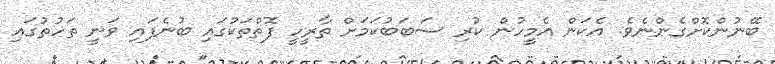
ބޭނުންކޮށްގެންނެވެ. އެކަން އެމީހުން ކުރި ސަބަބުކަމަށް ތާރީހީ ފޮތްތަކުގައި ބުނެފައި ވަނީ ތަހުތުގައި